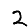
Digit: 2